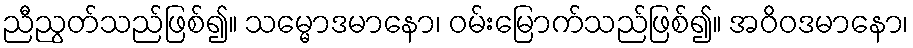
ညီညွတ်သည်ဖြစ်၍။ သမ္မောဒမာနော၊ ဝမ်းမြောက်သည်ဖြစ်၍။ အဝိဝဒမာနော၊